Vaccine operations Central Provinces & Berar 1922-1929 - 1922-1929
Year: 1922
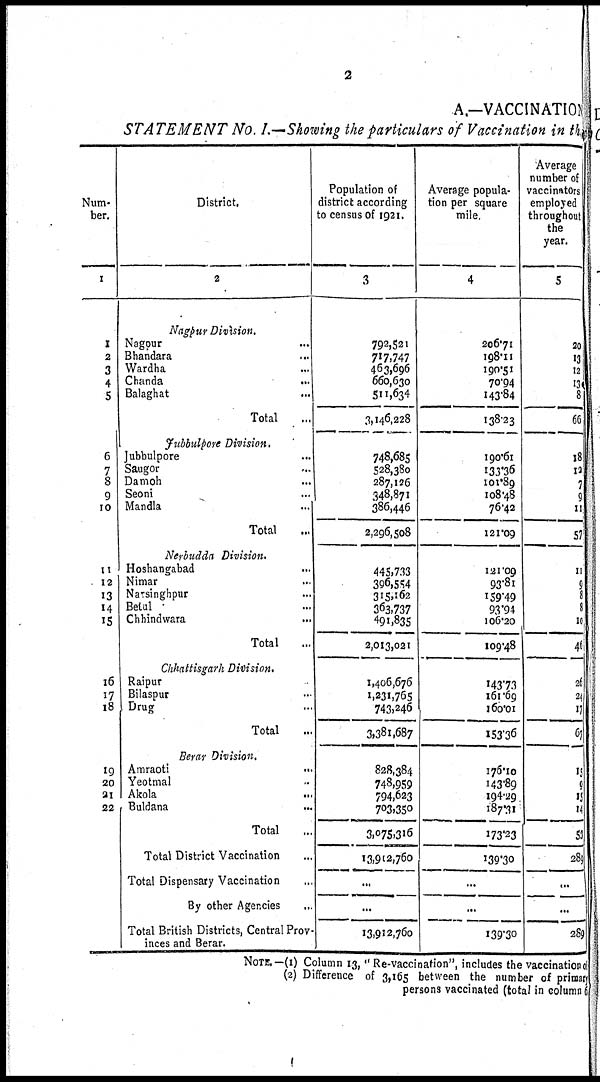
2
A.—VACCINATION
STATEMENT No. I.—Showing the particulars of Vaccination in the
Num-
ber.
1
1
2
3
4
5
6
7
8
9
10
11
12
13
14
15
16
17
18
19
20
21
22
District.
2
Nagpur Division.
Nagpur ...
Bhandara ...
Wardha ...
Chanda
...
Balaghat ...
Total ...
Jubbulpore Division.
Jubbulpore
Saugor ...
Damoh ...
Seoni ...
Mandla ...
Total ...
Nerbudda Division.
Hoshangabad ...
Nimar ...
Narsinghpur ...
Betul ...
Chhindwara ...
Total ...
Chhattisgarh Division.
Raipur ...
Bilaspur ...
Drug ...
Total ...
Berar Division.
Amraoti
...
Yeotmal ...
Akola
...
Buldana
...
Total ...
Total District Vaccination ...
Total Dispensary Vaccination ...
By other Agencies ...
Total British Districts, Central Prov¬
inces and Berar.
Population of
district according
to census of 1921.
3
792,521
717,747
463,696
660,630
511,634
3,146,228
748,685
528,380
287,126
348,871
386,446
2,296,508
445,733
396,554
315,162
363,737
491,835
2,013,021
1,406,676
1,231,765
743,246
3,381,687
828,384
748,959
794,623
703,350
3,075,316
13,912,760
...
...
13,912,760
Average popula-
tion per square
mile.
4
206.71
198.11
190.51
70.94
143.84
138.23
190.61
133.36
101.89
108.48
76.42
121.09
121.09
93.81
159.49
93.94
106.20
109.48
143.73
161.69
160.01
153.36
176.10
143.89
194.29
187.31
173.23
139.30
...
...
139.30
Average
number of
vaccinators
employed
throughout
the
year.
5
20
13
12
13
8
66
18
12
7
9
11
57
11
9
8
8
10
46
26
24
17
67
15
9
15
14
53
289
...
...
289
NOTE.—(1) Column 13, " Re-vaccination", includes the vaccination of
(2) Difference of 3,165 between the number of primary
persons vaccinated (total in column 6